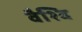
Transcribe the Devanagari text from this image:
वैश्वि